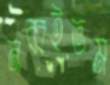
নব্বইতম